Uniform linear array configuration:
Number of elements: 16
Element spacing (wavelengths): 0.25
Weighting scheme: hann
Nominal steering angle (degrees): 30
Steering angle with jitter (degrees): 30.365
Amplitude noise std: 0.05
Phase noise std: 0.05

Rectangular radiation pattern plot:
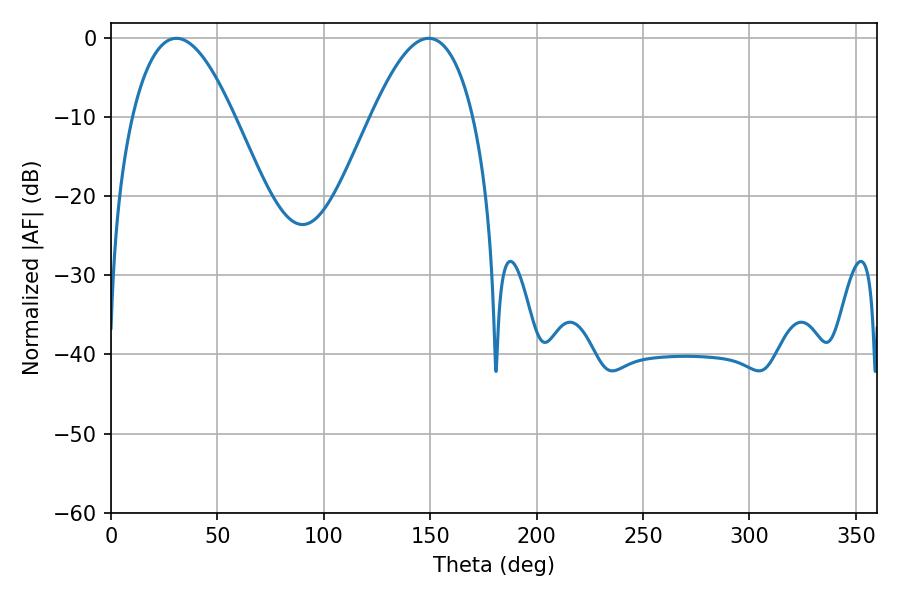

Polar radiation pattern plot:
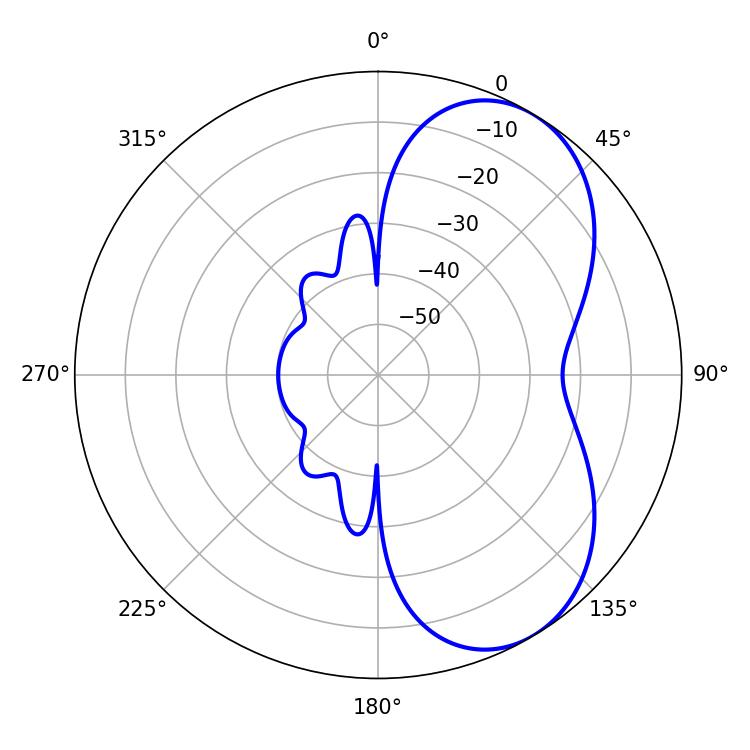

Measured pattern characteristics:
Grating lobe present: FALSE
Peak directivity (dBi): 5.774
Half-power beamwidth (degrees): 26.28
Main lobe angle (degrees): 30.78